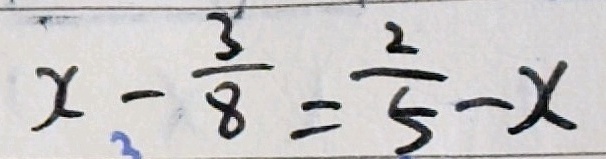
x - \frac { 3 } { 8 } = \frac { 2 } { 5 } - x